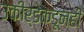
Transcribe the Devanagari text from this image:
उकीर्डेकडूनही